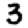
Digit: 3